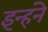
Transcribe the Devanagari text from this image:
इन्हंने